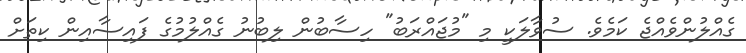
ގެއްލުންވެއްޖެ ކަމެވެ. ސުވާލަކީ މި "މުޖައްރަބު" ހިސާބުން ލިބުނު ގެއްލުމުގެ ފައިސާއިން ކިތަށް